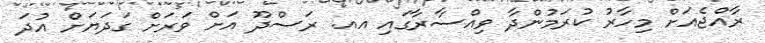
ރާއްޖެއަށް މިހާރު ކުރަމުންދާ ވިއްސާރާގައި އއ. ރަސްދޫ އަށް ވަރަށް ގަދަޔަށް އުދަ